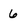
Character: 6